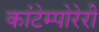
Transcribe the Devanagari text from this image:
कांटेम्पोरेरी